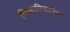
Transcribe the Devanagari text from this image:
फिलारियासिस